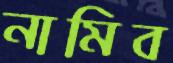
নামিব